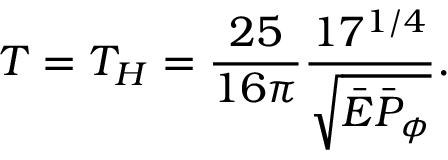
T = T _ { H } = { \frac { 2 5 } { 1 6 \pi } } { \frac { 1 7 ^ { 1 / 4 } } { \sqrt { \bar { \cal E } \bar { \cal P } _ { \phi } } } } .